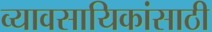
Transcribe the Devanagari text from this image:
व्यावसायिकांसाठी